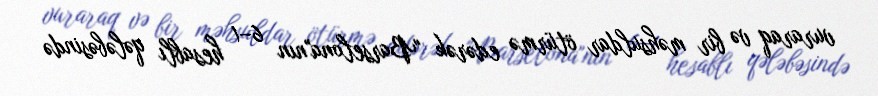
vuraraq və bir məhsuldar ötürmə edərək "Barselona"nın 6–1 hesablı qələbəsində